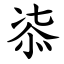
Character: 㓒